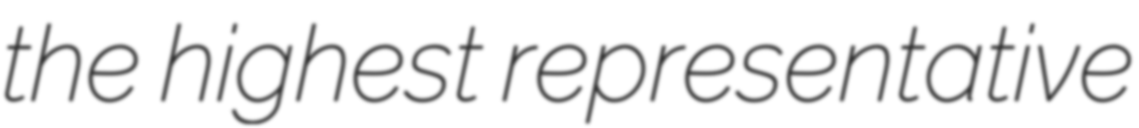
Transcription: the highest representative